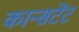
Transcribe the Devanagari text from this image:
कान्सटेंट